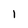
Character: 1